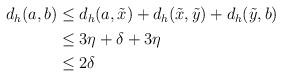
LaTeX: \begin{align*}\begin{aligned}d_h(a,b) &\leq d_h(a,\tilde x)+d_h(\tilde x,\tilde y)+d_h(\tilde y,b)\\&\leq 3\eta + \delta +3\eta\\&\leq 2\delta\end{aligned}\end{align*}